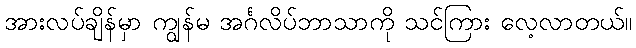
အားလပ်ချိန်မှာ ကျွန်မ အင်္ဂလိပ်ဘာသာကို သင်ကြား လေ့လာတယ်။